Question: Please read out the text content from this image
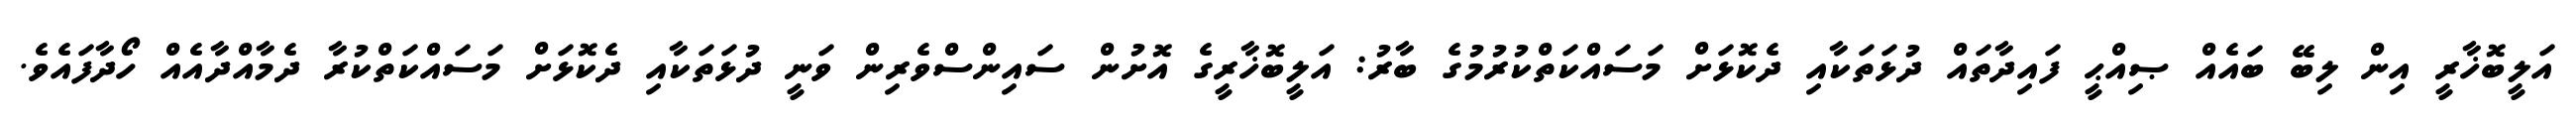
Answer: އަލީބޮޚާރީ އިން ލިބޭ ބައެއް ޞިއްޙީ ފައިދާތައް ދުޅަތަކާއި ދެކޮޅަށް މަސައްކަތްކުރުމުގެ ބާރު: އަލީބޮޚާރީގެ އޮށުން ސައިންސްވެރިން ވަނީ ދުޅަތަކާއި ދެކޮޅަށް މަސައްކަތްކުރާ ދެމާއްދާއެއް ހޯދާފައެވެ.